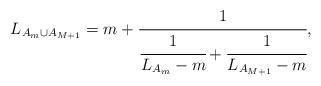
LaTeX: \begin{align*}L_{A_{m}\cup A_{M+1}}=m +\cfrac{1}{\cfrac{1}{L_{A_{m}}-m}+\cfrac{1}{L_{A_{M+1}}-m}},\end{align*}